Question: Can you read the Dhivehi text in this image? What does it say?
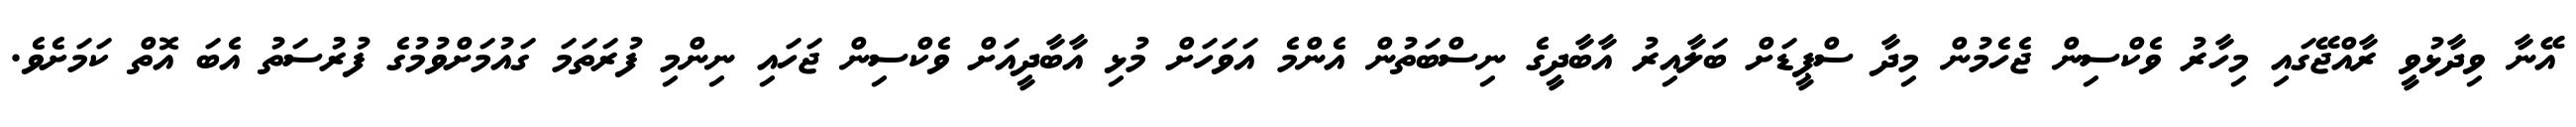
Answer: އޭނާ ވިދާޅުވީ ރާއްޖޭގައި މިހާރު ވެކްސިން ޖެހެމުން މިދާ ސްޕީޑަށް ބަލާއިރު އާބާދީގެ ނިސްބަތުން އެންމެ އަވަހަށް މުޅި އާބާދީއަށް ވެކްސިން ޖަހައި ނިންމި ފުރަތަމަ ގައުމަށްވުމުގެ ފުރުސަތު އެބަ އޮތް ކަމަށެވެ.